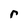
Character: r